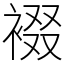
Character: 裰